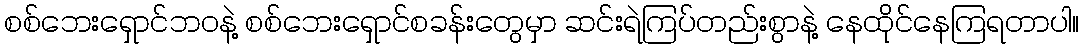
စစ်ဘေးရှောင်ဘဝနဲ့ စစ်ဘေးရှောင်စခန်းတွေမှာ ဆင်းရဲကြပ်တည်းစွာနဲ့ နေထိုင်နေကြရတာပါ။